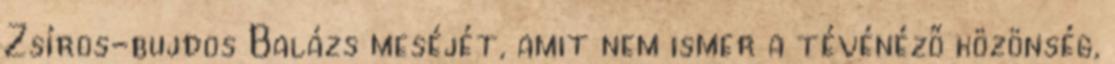
Zsíros-bujdos Balázs meséjét, amit nem ismer a tévénéző közönség,